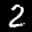
Label: 2